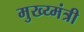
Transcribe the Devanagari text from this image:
मुख्य्मंत्री